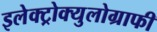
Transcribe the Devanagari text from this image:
इलेक्ट्रोक्युलोग्राफी